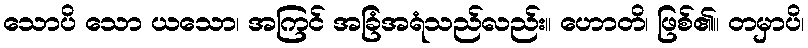
သောပိ သော ယသော၊ အကြင် အခြံအရံသည်လည်း။ ဟောတိ၊ ဖြစ်၏။ တမှာပိ၊